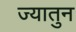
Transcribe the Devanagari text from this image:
ज्यातुन